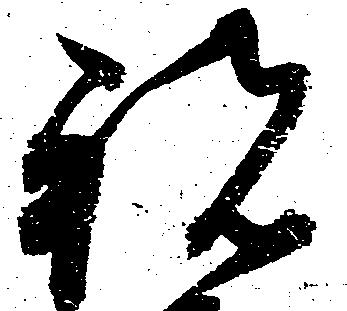
祝